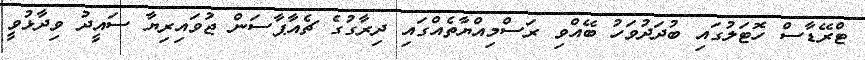
ޓްރޭޑާސް ހޮޓަލުގައި ބުދަދުވަހު ބޭއްވި ރަސްމިއްޔާތެއްގައި ދިރާގުގެ ޗެއާޕާސަން ޖުވައިރިޔާ ސައީދު ވިދާޅުވީ